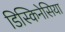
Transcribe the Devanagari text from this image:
डिस्किनेसिया